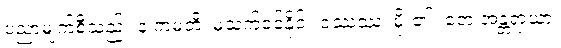
ပညာမျက်စီသည်။ န ကမတိ၊ မသက်ဝင်နိုင်။ ဝဿဿ၊ မိုး၏။ တေ အန္တရာယာ၊